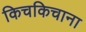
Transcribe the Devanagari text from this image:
किचकिचाना